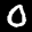
Label: 0